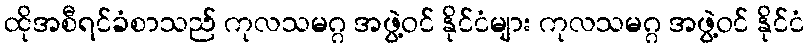
ထိုအစီရင်ခံစာသည် ကုလသမဂ္ဂ အဖွဲ့ဝင် နိုင်ငံများ ကုလသမဂ္ဂ အဖွဲ့ဝင် နိုင်ငံ